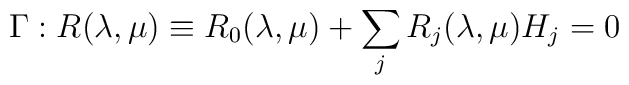
\Gamma: R(\lambda, \mu) \equiv R_0(\lambda,\mu) + \sum_j R_j(\lambda,\mu) H_j = 0